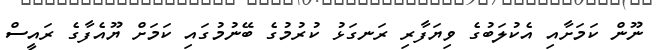
ނޫން ކަމަށާއި އެކުލަބުގެ ވިޔަފާރި ރަނގަޅު ކުރުމުގެ ބޭނުމުގައި ކަމަށް ޔޫއެފާގެ ރައީސް